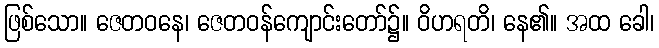
ဖြစ်သော။ ဇေတဝနေ၊ ဇေတဝန်ကျောင်းတော်၌။ ဝိဟရတိ၊ နေ၏။ အထ ခေါ၊